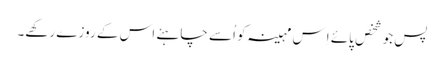
پس جو شخص پائے اِس مہینہ کو اُسے چاہئے اس کے روزے رکھے۔